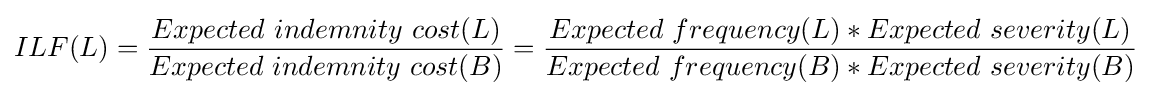
ILF(L)={\dfrac {Expected\ indemnity\ cost(L)}{Expected\ indemnity\ cost(B)}}={\dfrac {Expected\ frequency(L)*Expected\ severity(L)}{Expected\ frequency(B)*Expected\ severity(B)}}